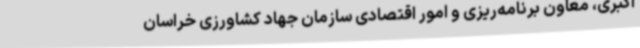
اکبری، معاون برنامه‌ریزی و امور اقتصادی سازمان جهاد کشاورزی خراسان